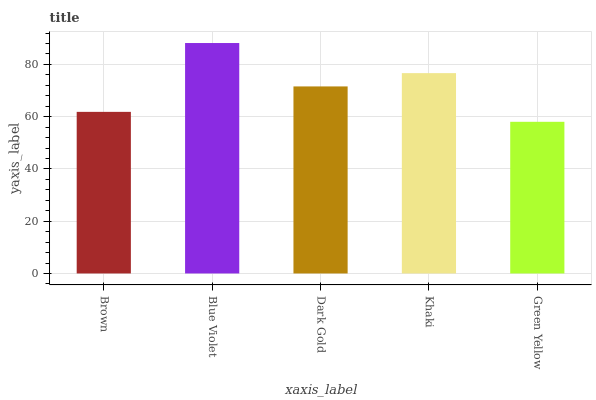
| xaxis_label | bars |
 | --- | --- |
 | Brown | 61.8 |
 | Blue Violet | 88.2 |
 | Dark Gold | 71.6 |
 | Khaki | 76.7 |
 | Green Yellow | 58 |